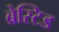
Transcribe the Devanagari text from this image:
ब्रेस्टिड